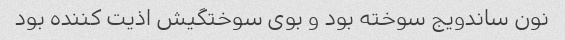
نون ساندویج سوخته بود و بوی سوختگیش اذیت کننده بود